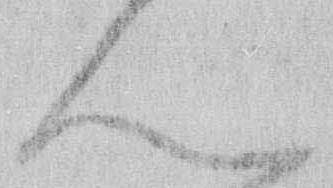
ん